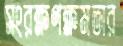
সংরক্ষণক্ষমতার